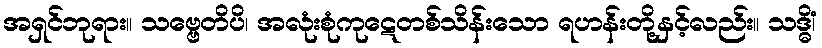
အရှင်ဘုရား။ သဗ္ဗေတိပိ၊ အလုံးစုံကုဋေတစ်သိန်းသော ရဟန်းတို့နှင့်လည်း။ သဒ္ဓိံ၊